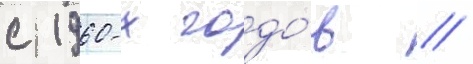
с 1960-х годо́в //